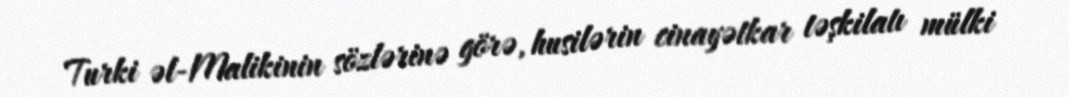
Turki əl-Malikinin sözlərinə görə, husilərin cinayətkar təşkilatı mülki